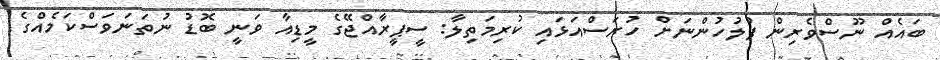
ބައެއް ނޫސްވެރިން ފުލުހުންނަށް ހުރަސްއަޅައި ކުރިމަތިލާ: ސީޕީރާއްޖޭގެ މީޑިއާ ވަނީ ބޮޑު ނުތަނަވަސްކަމެއްގެ